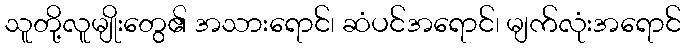
သူတို့လူမျိုးတွေ၏ အသားရောင်၊ ဆံပင်အရောင်၊ မျက်လုံးအရောင်